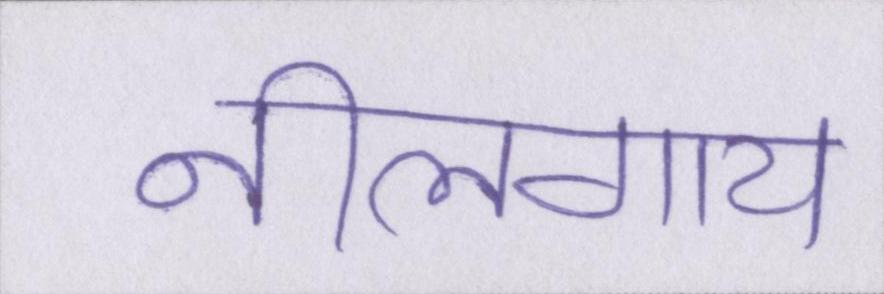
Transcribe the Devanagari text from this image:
नीलगाय